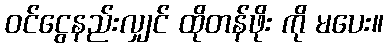
ဝင်ငွေနည်းလျှင် ထိုတန်ဖိုး ကို မပေး။